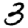
Digit: 3